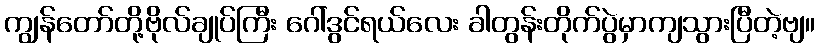
ကျွန်တော်တို့ဗိုလ်ချုပ်ကြီး ဂေါ်ဒွင်ရယ်လေး ခါတွန်းတိုက်ပွဲမှာကျသွားပြီတဲ့ဗျ။